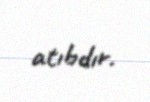
atıbdır.